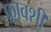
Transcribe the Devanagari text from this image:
फ़्रावशी